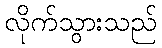
လိုက်သွားသည်